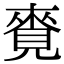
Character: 𧡛